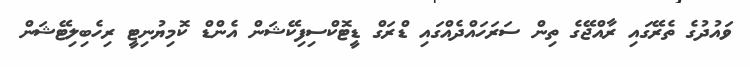
ވައުދުގެ ތެރޭގައި ރާއްޖޭގެ ތިން ސަރަހައްދެއްގައި ޑްރަގް ޑީޓޮކްސިފިކޭޝަން އެންޑް ކޮމިޔުނިޓީ ރިހެބިލިޓޭޝަން